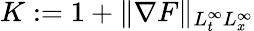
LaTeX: K:=1+\| \nabla F\| _{L_{t}^{\infty}L_{x}^{\infty}}